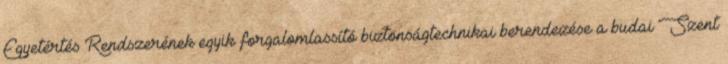
Egyetértés Rendszerének egyik forgalomlassító biztonságtechnikai berendezése a budai Szent